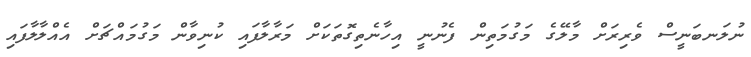
ނުލަނބަނީސް ވެރިރަށް މާލޭގެ މަގުމަތިން ފެނުނީ އިހާނެތިގޮތަކަށް މަރާލާފައި ކުނިވާން މަގުމައްޗަށް އެއްލާލާފައި